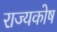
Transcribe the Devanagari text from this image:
राज्‍यकोष